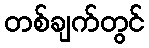
တစ်ချက်တွင်